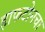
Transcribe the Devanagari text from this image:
हाफटोनचा